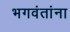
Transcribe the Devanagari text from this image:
भगवंतांना